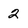
Character: 2